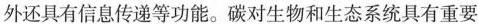
外还具有信息传递等功能。碳对生物和生态系统具有重要